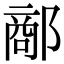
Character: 𨝗